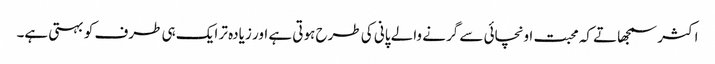
اکثر سمجھاتے کہ محبت اونچائی سے گرنے والے پانی کی طرح ہوتی ہے اور زیادہ تر ایک ہی طرف کو بہتی ہے۔